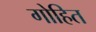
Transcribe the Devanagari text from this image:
गोहित